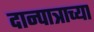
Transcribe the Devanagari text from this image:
दान्पात्राच्या